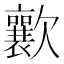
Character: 𣤸